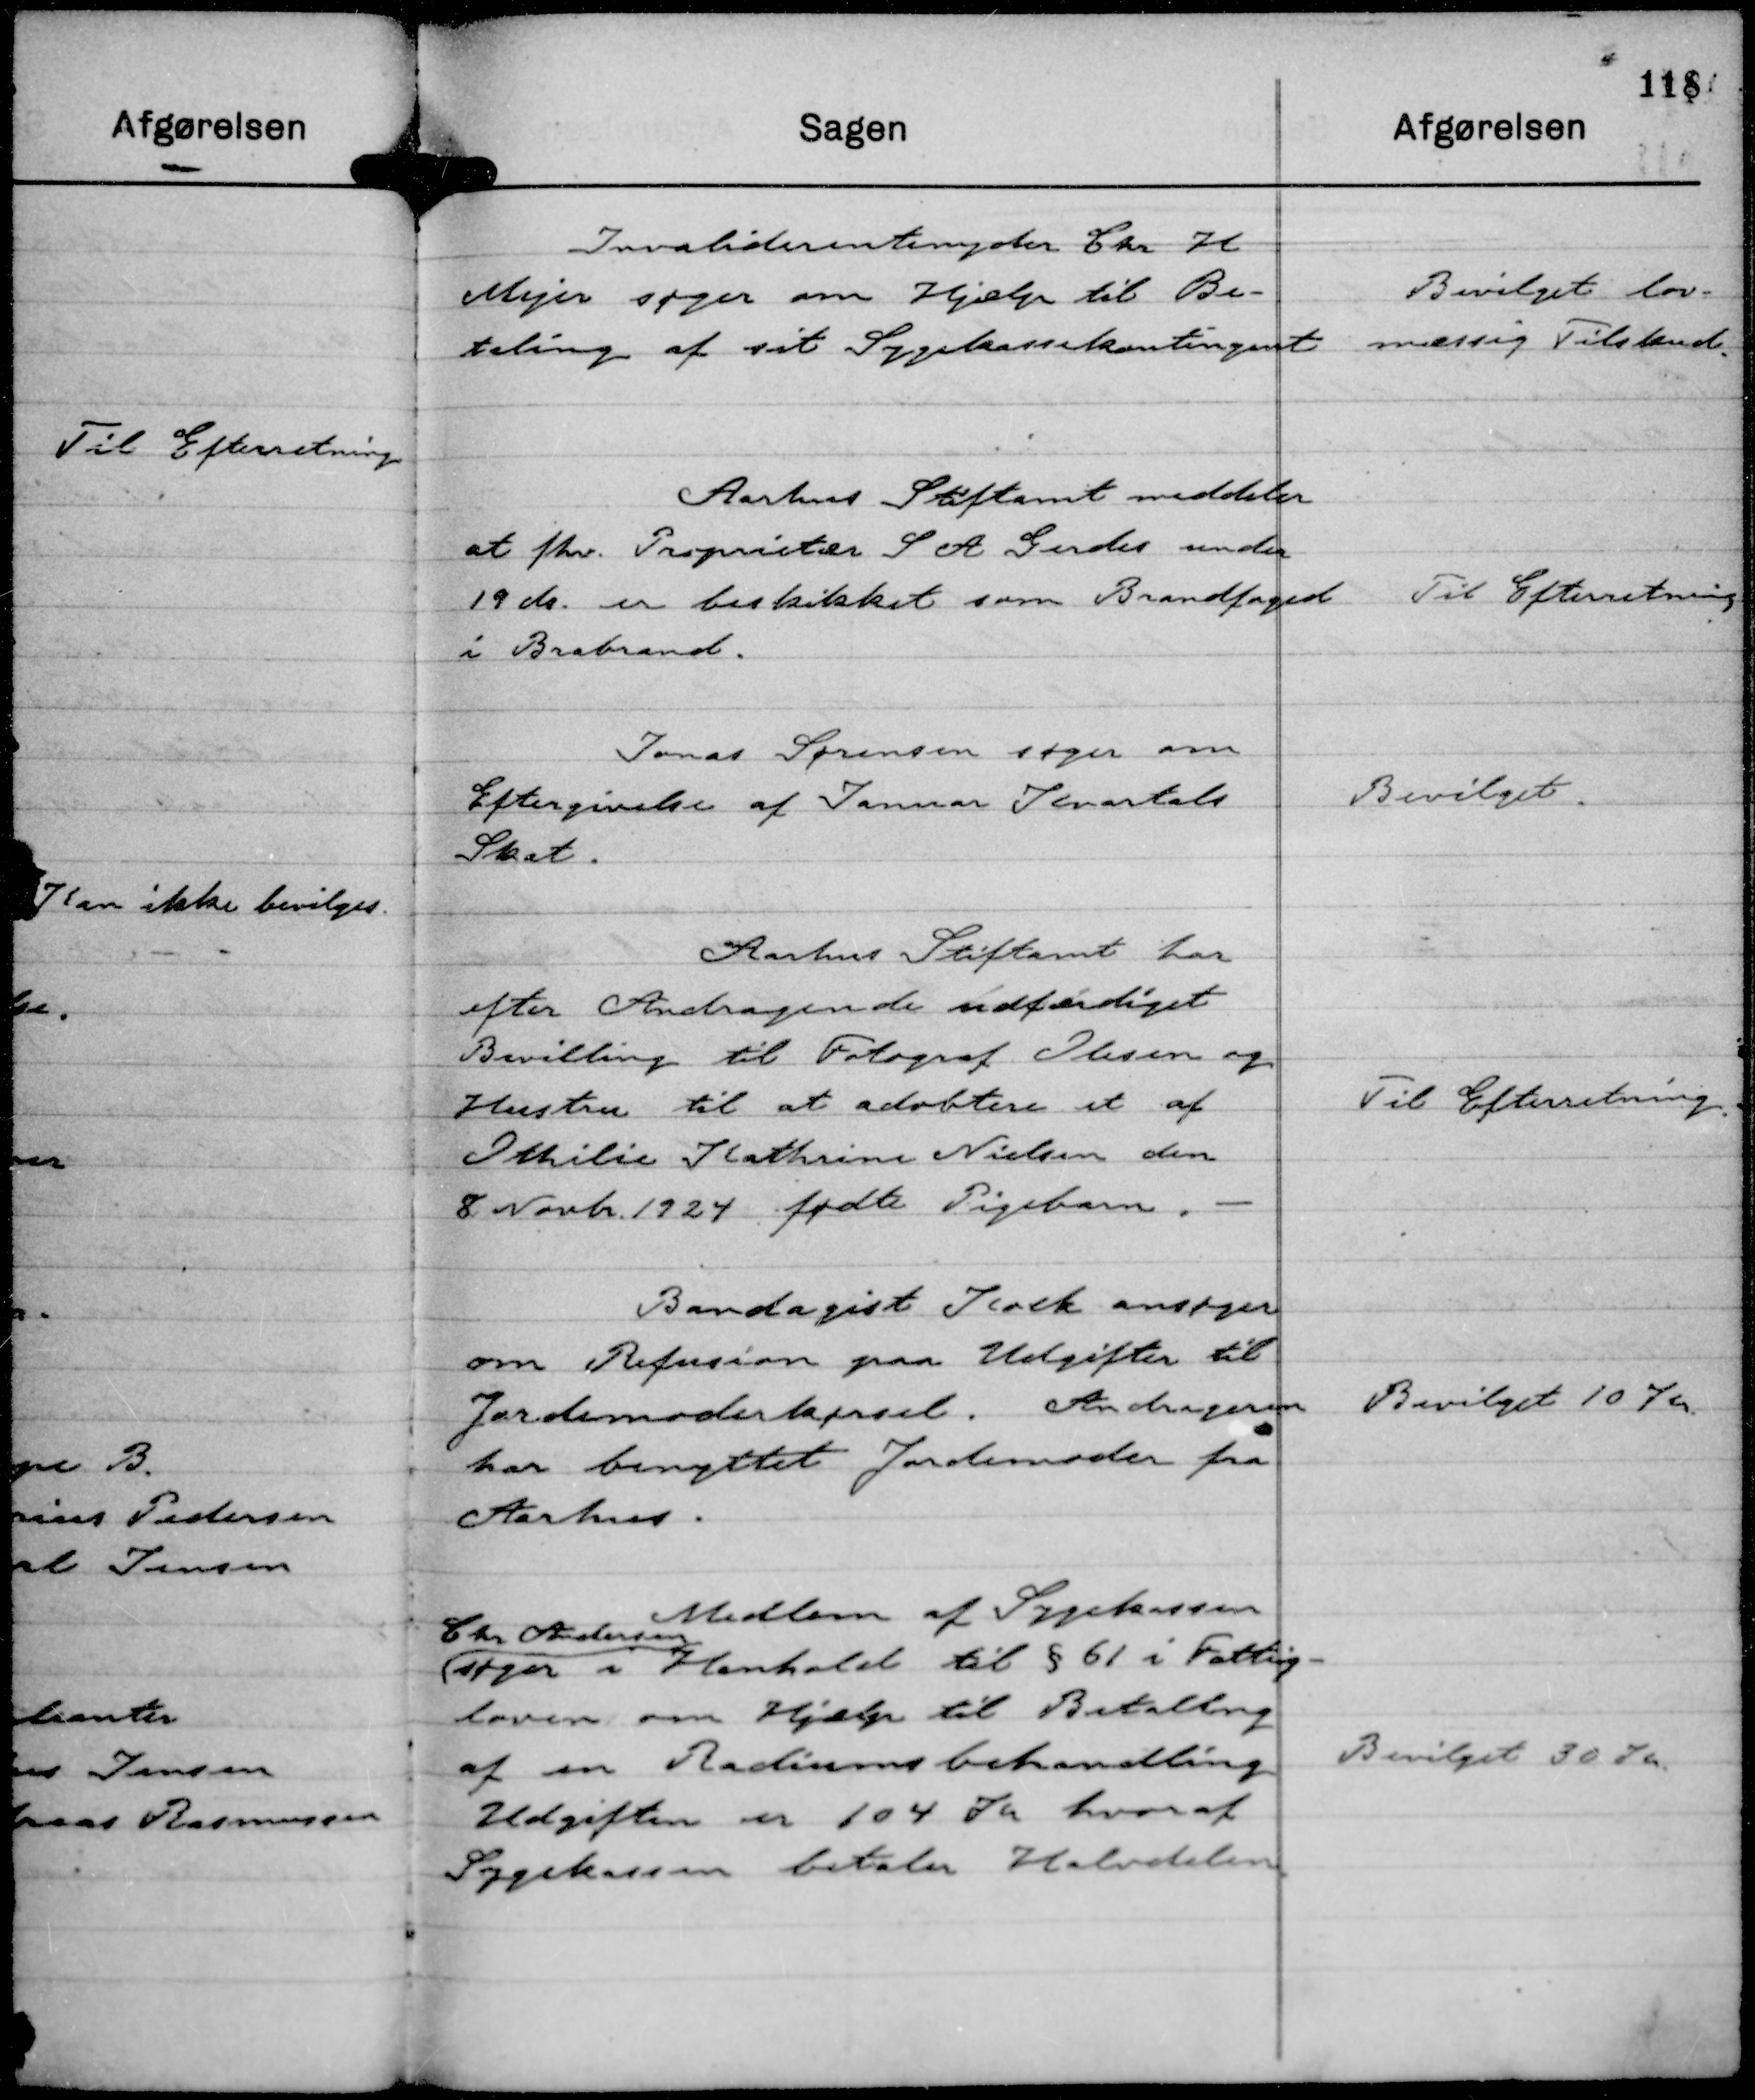
Transskription:
Invaliderentenyder Chr H 
Mejer søger om Hjælp til Be-
taling af sit Sygekassekontingent

Bevilget lov-
mæssig Tilskud.

Aarhus Stiftamt meddeler
at fhv. Proprietær S A Gerdes under
19 ds. er beskikket som Brandfoged
i Brabrand.

Til Efterretning

Jonas Sørensen søger om
Eftergivelse af Januar Kvartals
Skat.

Bevilget.

Aarhus Stiftamt har
efter Andragende udfærdiget
Bevilling til Fotograf Olesen og
Hustru til at adobtere et af
Othilie Kathrine Nielsen den
8 Novbr. 1924 fødte Pigebarn.

Til Efterretning.

Bandagist Kock ansøger
om Refusion paa Udgifter til
Jordemoderkørsel. Andrageren
har benyttet Jordemoder fra
Aarhus.

Bevilget 10 Kr.

Medlem af Sygekassen
Chr Andersen
søger i Henhold til § 61 i Fattig-
loven om Hjælp til Betaling
af en Radiumsbehandling
Udgiften er 104 Kr hvoraf
Sygekassen betaler Halvdelen.

Bevilget 30 Kr.